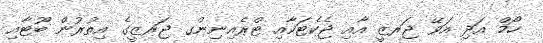
ހޯމް އަދި އަވޭ ޖަރޒީ އާއި ޖެކެޓަކާއި ޓްރެއިނިންގ ޖަރޒީގެ އިތުރުން ބޫޓާއި